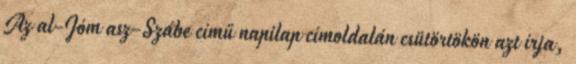
Az al-Jóm asz-Szábe című napilap címoldalán csütörtökön azt írja,